38_143685_box_Incident_Summaries_173-233
Agency: Department of War
Page 54
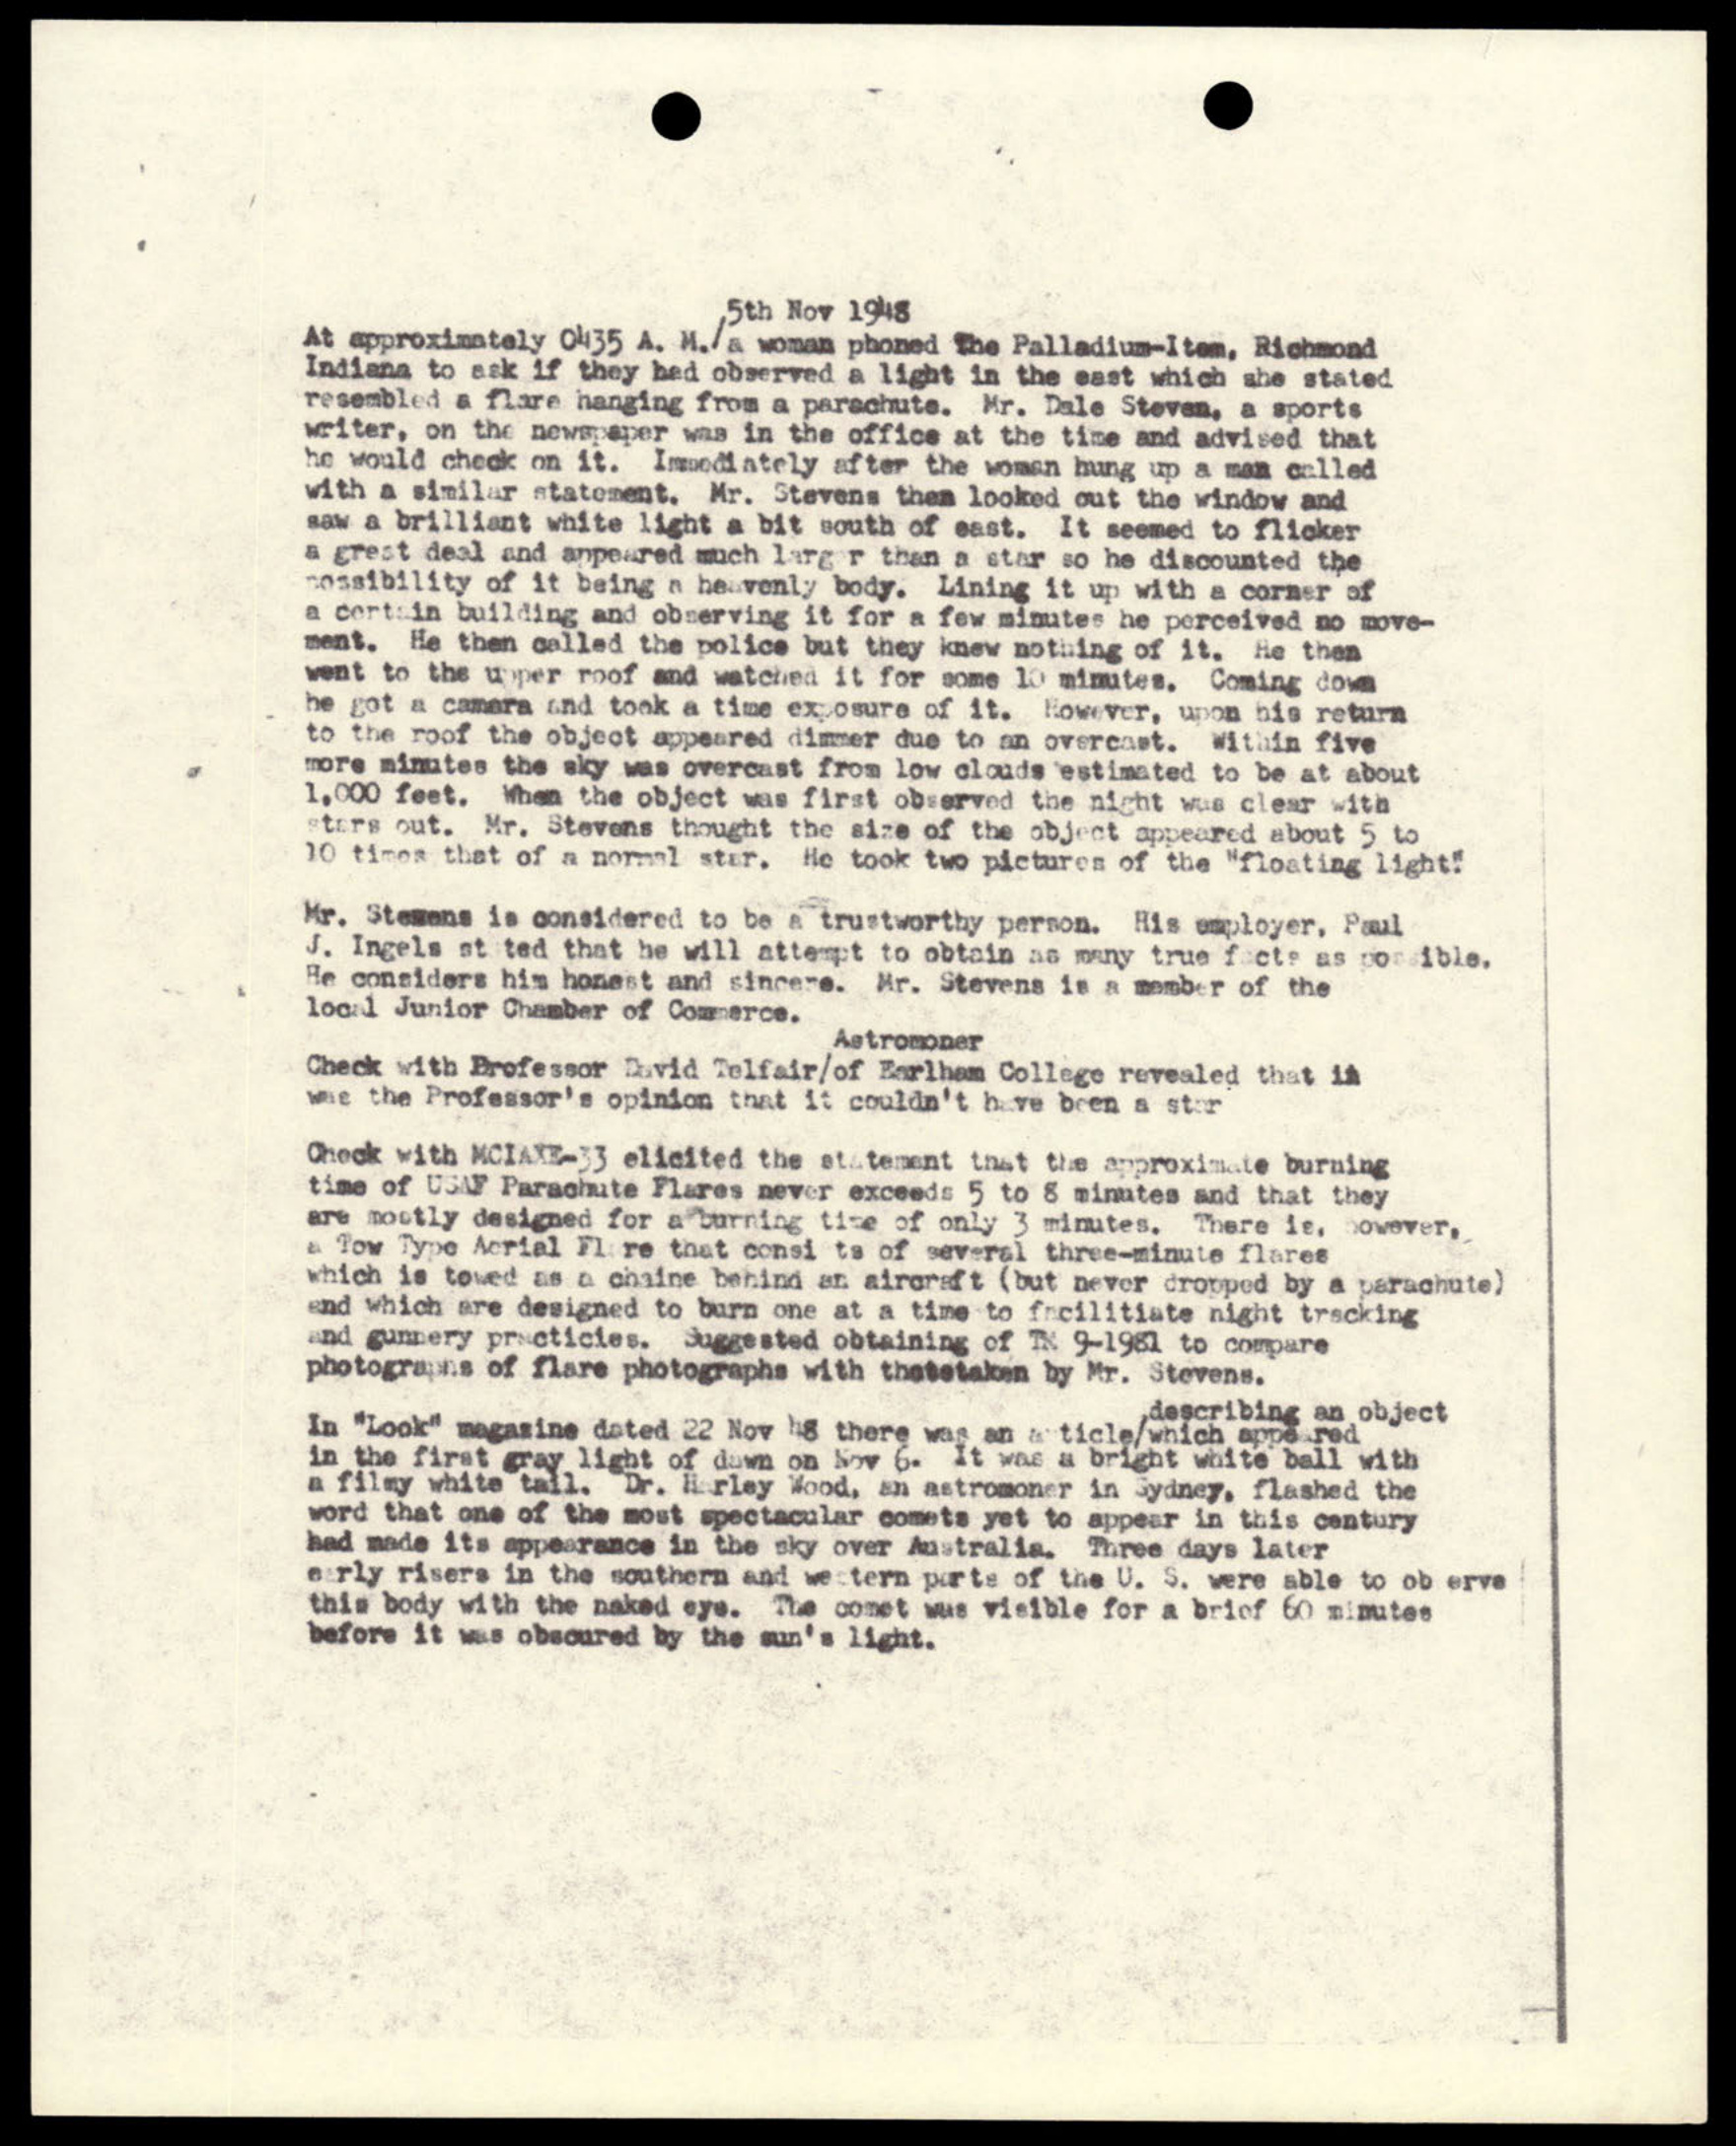